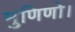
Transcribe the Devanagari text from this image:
मुणिणो।